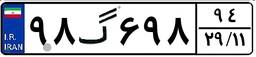
۴۴گ۵۴۲۸۸